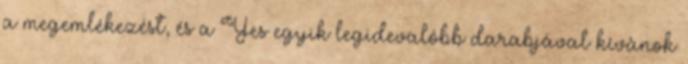
a megemlékezést, és a Yes egyik legidevalóbb darabjával kívánok